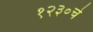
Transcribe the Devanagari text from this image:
१२३०चे